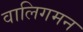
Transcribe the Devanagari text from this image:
वालिगमन